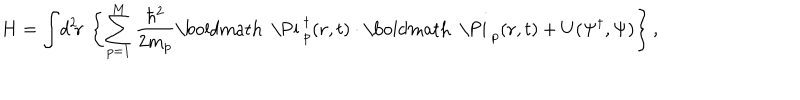
H = \int \! d ^ { 2 } \! { \bf r } \, \left\{ \sum _ { p = 1 } ^ { M } \frac { \hbar ^ { 2 } } { 2 m _ { p } } \mathrm { \boldmath ~ \Pi ~ } _ { p } ^ { \dagger } ( { \bf r } , t ) \cdot \mathrm { \boldmath ~ \Pi ~ } _ { p } ( { \bf r } , t ) + U ( \Psi ^ { \dagger } , \Psi ) \right\} ,